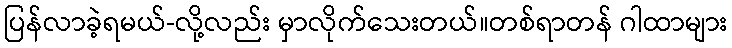
ပြန်လာခဲ့ရမယ်-လို့လည်း မှာလိုက်သေးတယ်။တစ်ရာတန် ဂါထာများ